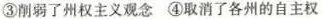
③削弱了州权主义观念 ④取消了各州的自主权